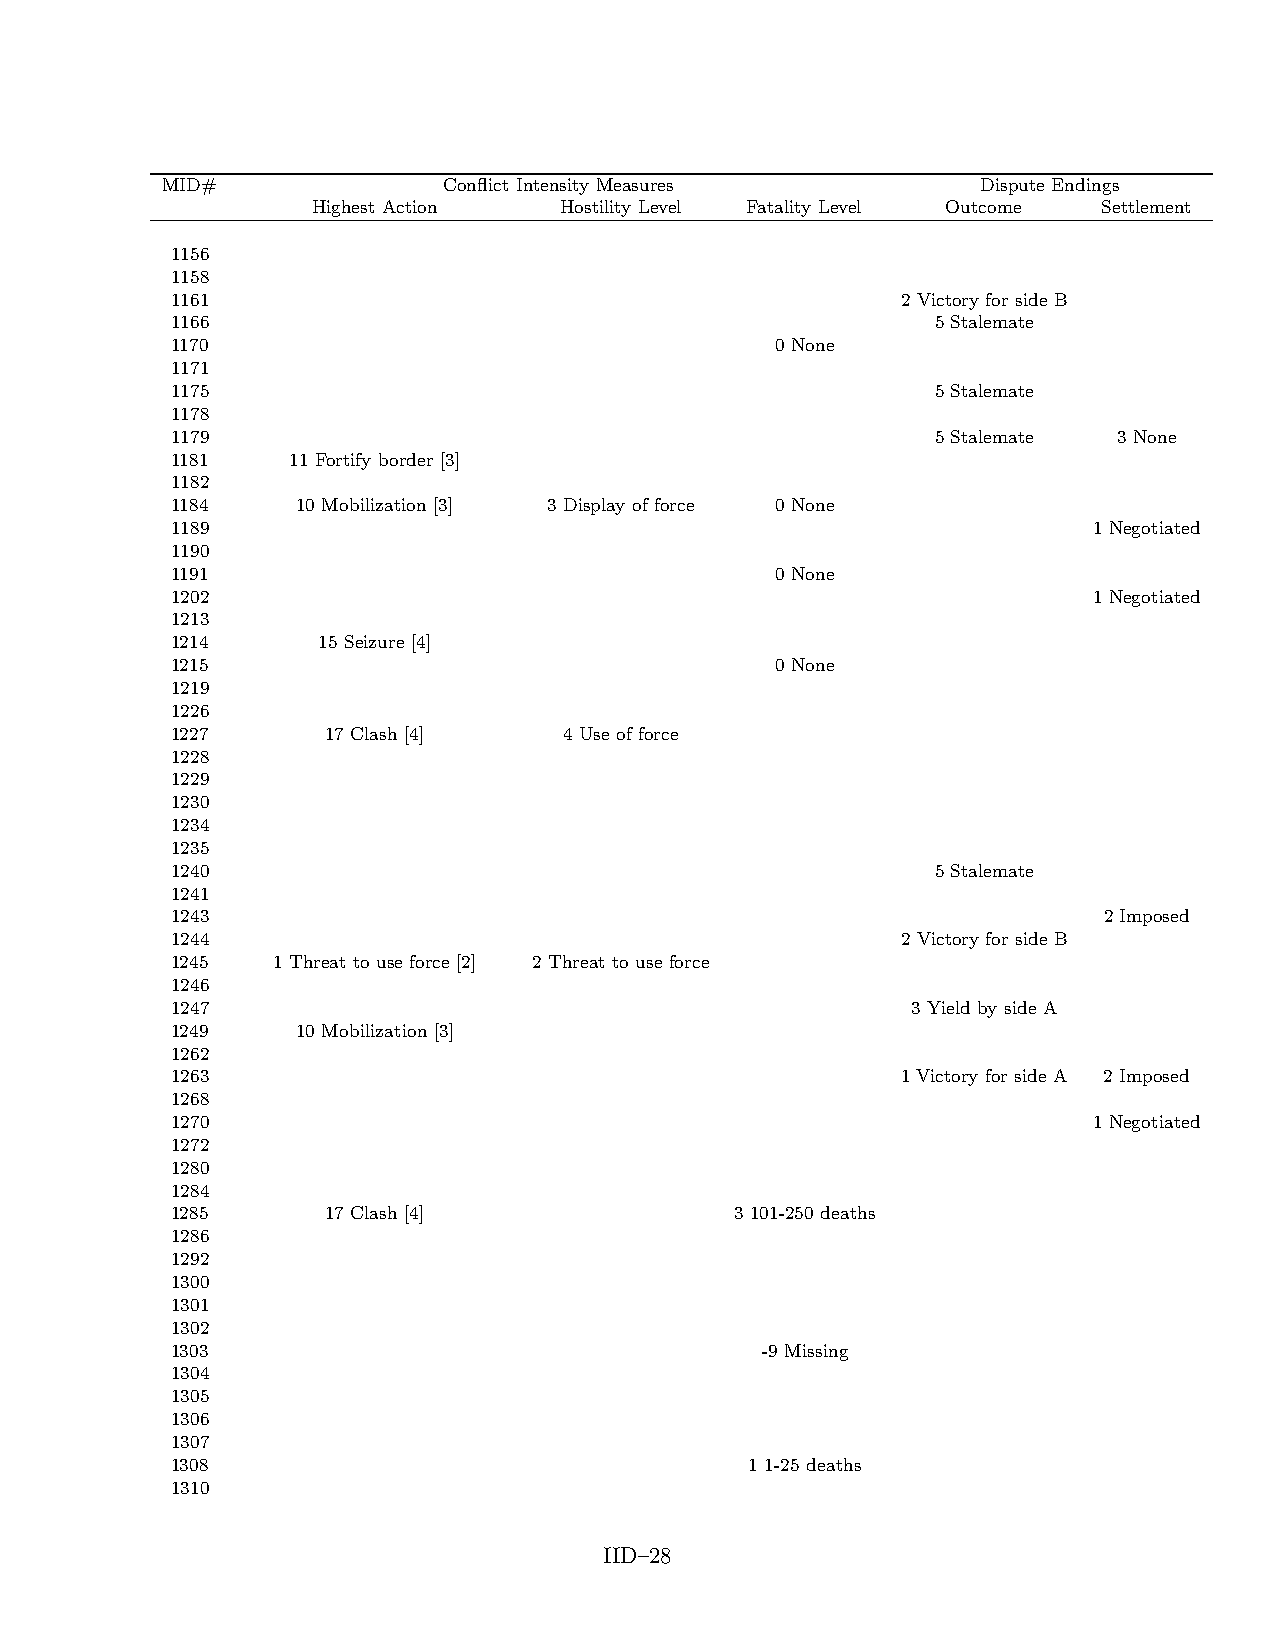
MID#              Conflict Intensity Measures         Dispute Endings
 Highest Action  Hostility Level Fatality Level Outcome Settlement
 1156
 1158
 1161                                             2 Victory for side B
 1166                                               5 Stalemate
 1170                                    0 None
 1171
 1175                                               5 Stalemate
 1178
 1179                                               5 Stalemate 3 None
 1181    11 Fortify border [3]
 1182
 1184     10 Mobilization [3] 3 Display of force 0 None
 1189                                                         1 Negotiated
 1190
 1191                                    0 None
 1202                                                         1 Negotiated
 1213
 1214      15 Seizure [4]
 1215                                    0 None
 1219
 1226
 1227       17 Clash [4]   4 Use of force
 1228
 1229
 1230
 1234
 1235
 1240                                               5 Stalemate
 1241
 1243                                                          2 Imposed
 1244                                             2 Victory for side B
 1245   1 Threat to use force [2] 2 Threat to use force
 1246
 1247                                             3 Yield by side A
 1249     10 Mobilization [3]
 1262
 1263                                             1 Victory for side A 2 Imposed
 1268
 1270                                                         1 Negotiated
 1272
 1280
 1284
 1285       17 Clash [4]               3 101-250 deaths
 1286
 1292
 1300
 1301
 1302
 1303                                   -9 Missing
 1304
 1305
 1306
 1307
 1308                                   1 1-25 deaths
 1310
 IID–28